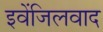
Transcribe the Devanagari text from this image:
इवेंजिलवाद